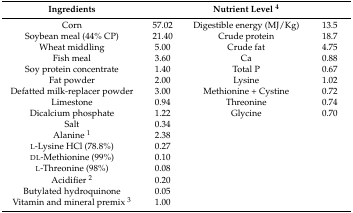
<table><thead><tr><td><b>Ingredients</b></td><td>[EMPTY_CELL]</td><td><b>Nutrient Level <sup>4</sup></b></td><td>[EMPTY_CELL]</td></tr></thead><tbody><tr><td>Corn</td><td>57.02</td><td>Digestible energy (MJ/Kg)</td><td>13.5</td></tr><tr><td>Soybean meal (44% CP)</td><td>21.40</td><td>Crude protein</td><td>18.7</td></tr><tr><td>Wheat middling</td><td>5.00</td><td>Crude fat</td><td>4.75</td></tr><tr><td>Fish meal</td><td>3.60</td><td>Ca</td><td>0.88</td></tr><tr><td>Soy protein concentrate</td><td>1.40</td><td>Total P</td><td>0.67</td></tr><tr><td>Fat powder</td><td>2.00</td><td>Lysine</td><td>1.02</td></tr><tr><td>Defatted milk-replacer powder</td><td>3.00</td><td>Methionine + Cystine</td><td>0.72</td></tr><tr><td>Limestone</td><td>0.94</td><td>Threonine</td><td>0.74</td></tr><tr><td>Dicalcium phosphate</td><td>1.22</td><td>Glycine</td><td>0.70</td></tr><tr><td>Salt</td><td>0.34</td><td>[EMPTY_CELL]</td><td>[EMPTY_CELL]</td></tr><tr><td>Alanine <sup>1</sup></td><td>2.38</td><td>[EMPTY_CELL]</td><td>[EMPTY_CELL]</td></tr><tr><td>l-Lysine HCl (78.8%)</td><td>0.27</td><td>[EMPTY_CELL]</td><td>[EMPTY_CELL]</td></tr><tr><td>dl-Methionine (99%)</td><td>0.10</td><td>[EMPTY_CELL]</td><td>[EMPTY_CELL]</td></tr><tr><td>l-Threonine (98%)</td><td>0.08</td><td>[EMPTY_CELL]</td><td>[EMPTY_CELL]</td></tr><tr><td>Acidifier <sup>2</sup></td><td>0.20</td><td>[EMPTY_CELL]</td><td>[EMPTY_CELL]</td></tr><tr><td>Butylated hydroquinone</td><td>0.05</td><td>[EMPTY_CELL]</td><td>[EMPTY_CELL]</td></tr><tr><td>Vitamin and mineral premix <sup>3</sup></td><td>1.00</td><td>[EMPTY_CELL]</td><td>[EMPTY_CELL]</td></tr></tbody></table>